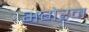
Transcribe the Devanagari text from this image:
भगेरन